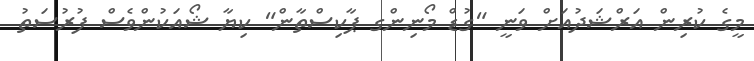
މީގެ ކުރިން އަރްޝަދުއަށް ވަނީ "ގުޑް މޯނިންގ ޕާކިސްތާން" ކިޔާ ޝޯއަކުންވެސް ފުރުސަތު